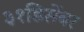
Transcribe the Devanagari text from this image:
३१डिसेंबर